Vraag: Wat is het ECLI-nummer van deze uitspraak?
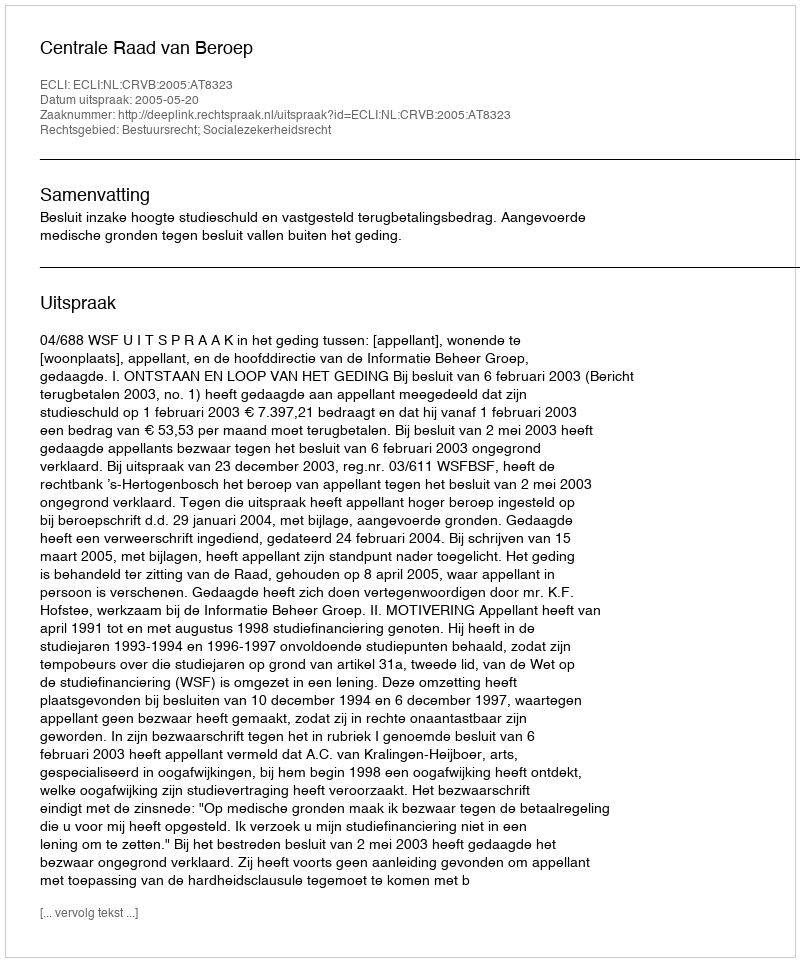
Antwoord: ECLI:NL:CRVB:2005:AT8323